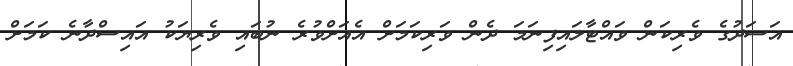
އަސަދުގެ ވެރިކަން ވައްޓާލައިފިނަމަ ދެން ވަރިކަމަށް އެއަށްވުރެ ނުބައި ވެރިޔަކު އައިސްދާނެ ކަމަށް